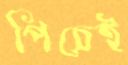
পিচেই